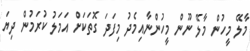
މާލޭ މީހުން މާލޭ ނޫން މީހުންނާއިމެދު މިފަދަ ގޮތަކަށް އަމަލު ކުރަމުން ދިޔަ